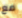
مع